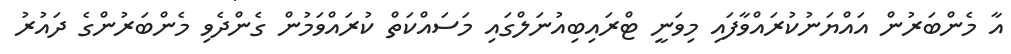
އާ މެންބަރުން އައްޔަނުކުރައްވާފައި މިވަނީ ޓްރައިބިއުނަލްގައި މަސައްކަތް ކުރައްވަމުން ގެންދެވި މެންބަރުންގެ ދައުރު